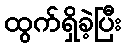
ထွက်ရှိခဲ့ပြီး